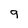
Character: 9